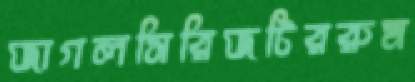
জাগলসিরিজটিররুম